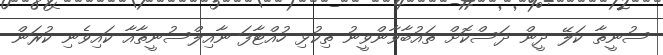
ސުނީތާ ކަލޭ ދީން ދަސްކޮށް ތައުބާވާންވީނު ތިކުޅި ހުއްޓާފަ ނާއިލްސުނީތާއާ ކައިވެނި ކުރަން